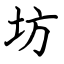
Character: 坊